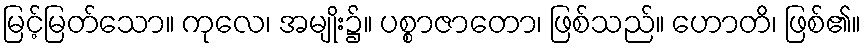
မြင့်မြတ်သော။ ကုလေ၊ အမျိုး၌။ ပစ္စာဇာတော၊ ဖြစ်သည်။ ဟောတိ၊ ဖြစ်၏။